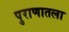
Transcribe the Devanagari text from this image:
पुराणातला